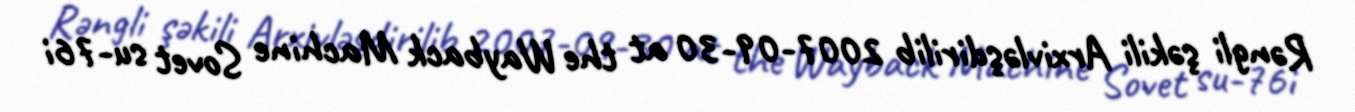
Rəngli şəkili Arxivləşdirilib 2007-09-30 at the Wayback Machine Sovet su-76i